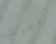
أعطوها